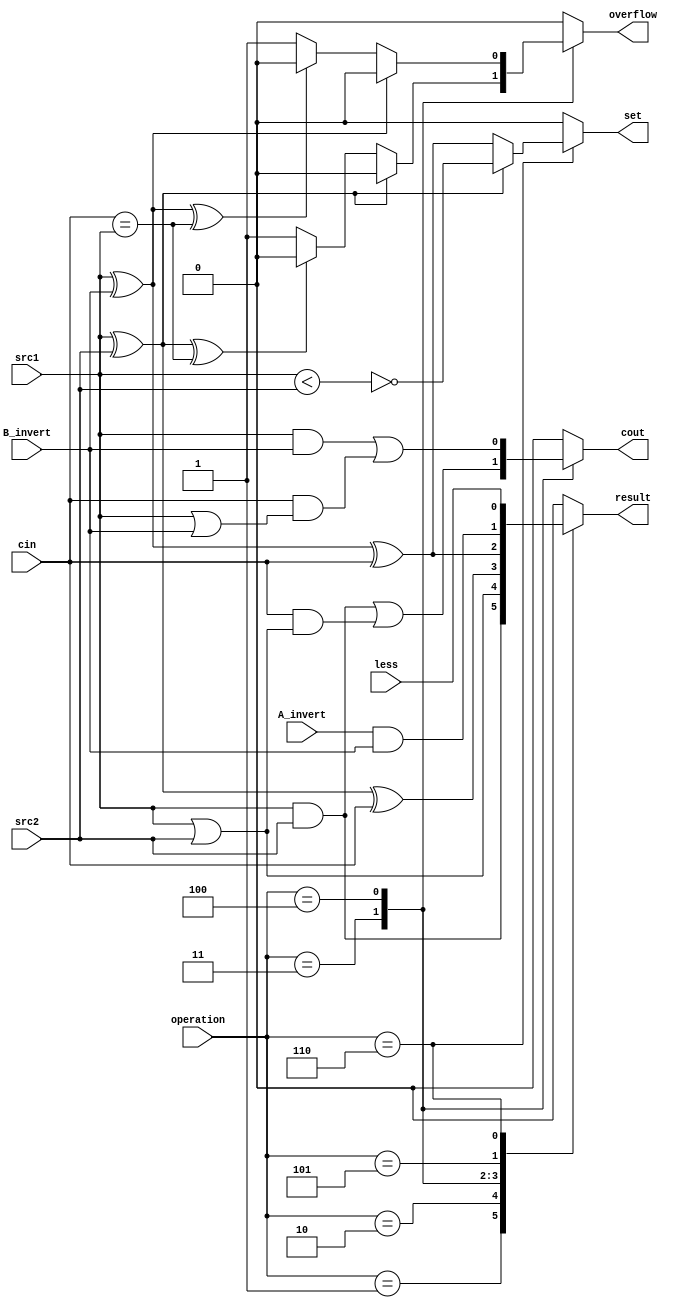
`timescale 1ns/1ps

//////////////////////////////////////////////////////////////////////////////////
// student ID:0710003 
// name: 
// 
// Design Name: 
// Module Name:    alu_top 
// Project Name: 
// Target Devices: 
// Tool versions: 
// Description: 
//
// Dependencies: 
//
// Revision: 
// Revision 0.01 - File Created
// Additional Comments: 
//
//////////////////////////////////////////////////////////////////////////////////

module alu_bottom(
			   src1,       //1 bit source 1 (input)
               src2,       //1 bit source 2 (input)
               less,       //1 bit less     (input)
               A_invert,   //1 bit A_invert (input)
               B_invert,   //1 bit B_invert (input)
               cin,        //1 bit carry in (input)
               operation,  //operation      (input)
               result,     //1 bit result   (output)
               cout,       //1 bit carry out(output)
			   set,        //1 bit set      (output)                     //to set the less input of 1st alu_top 
			   overflow    //1 bit overflow (output)                     //to set overflow
               );

input         src1;
input         src2;
input         less;
input         A_invert;
input         B_invert;
input         cin;
input [3-1:0] operation;

output        result;
output        cout;
output        set;
output        overflow;

reg           result, cout, set, overflow;

parameter AND = 3'b001, 
          OR  = 3'b010,
          ADD = 3'b011,
		  SUB = 3'b100,
		  NOR = 3'b101,
		  SLT = 3'b110;

always@(*)
begin
	case(operation)
		AND: 
			begin
				result = src1 & src2;
				cout = 1'b0;
				set = 1'b0;
				overflow = 1'b0;
			end
		OR: 
			begin
				result = src1 | src2;
				cout = 1'b0;
				set = 1'b0;
				overflow = 1'b0;
			end
		ADD: 
			begin
				result = src1 ^ src2 ^ cin;
				cout = (src1 & src2) | (cin & (src1 | src2));
				set = 1'b0;
				overflow = (src1 ^ src2)? 1'b0:                            //positive add negative or negative add positive will not overflow
				           (src1 ^ src2 ^ cin == src1)? 1'b0:              //C = A + B. if signbit of C not equals to signbit of A, which means overflow
						   1'b1;
			end
		SUB:                                                               //sub equals to add 2'complement(~src2 + cin, where cin = 1)
			begin
				result = src1 ^ B_invert ^ cin;
				cout = (src1 & B_invert) | (cin & (src1 | B_invert));
				set = 1'b0;
				overflow = (src1 ^ B_invert)? 1'b0:
				           (src1 ^ B_invert ^ cin == src1)? 1'b0:
						   1'b1;
			end
		NOR:
			begin
				result = A_invert & B_invert;
				cout = 1'b0;
				set = 1'b0;
				overflow = 1'b0;
			end
		SLT:
			begin
				result = less;
				cout = 1'b0;
				set = (src1 ^ src2)? ~(src1 < src2):                       //if signbit of src1 and src2 are not equal, then I can judge set volume directly.
									 src1 ^ B_invert ^ cin;                //otherwise, I need to get the signbit of src1 SUB src2
				overflow = 1'b0;
			end
		default:
			begin
				result = 1'b0;
				cout = 1'b0;
				set = 1'b0;
				overflow = 1'b0;
			end
	endcase
end



endmodule